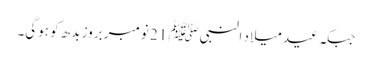
جبکہ عید میلاد النبیﷺ 21 نومبر بروز بدھ کو ہوگی۔